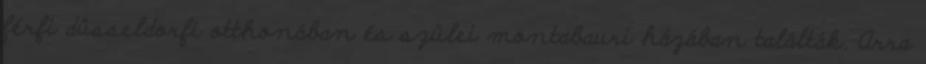
férfi düsseldorfi otthonában és szülei montabauri házában találták. Arra